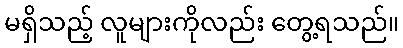
မရှိသည့် လူများကိုလည်း တွေ့ရသည်။